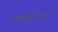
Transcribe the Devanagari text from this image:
कम्पीटीशंस